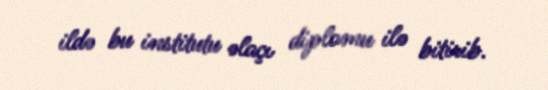
ildə bu institutu əlaçı diplomu ilə bitirib.